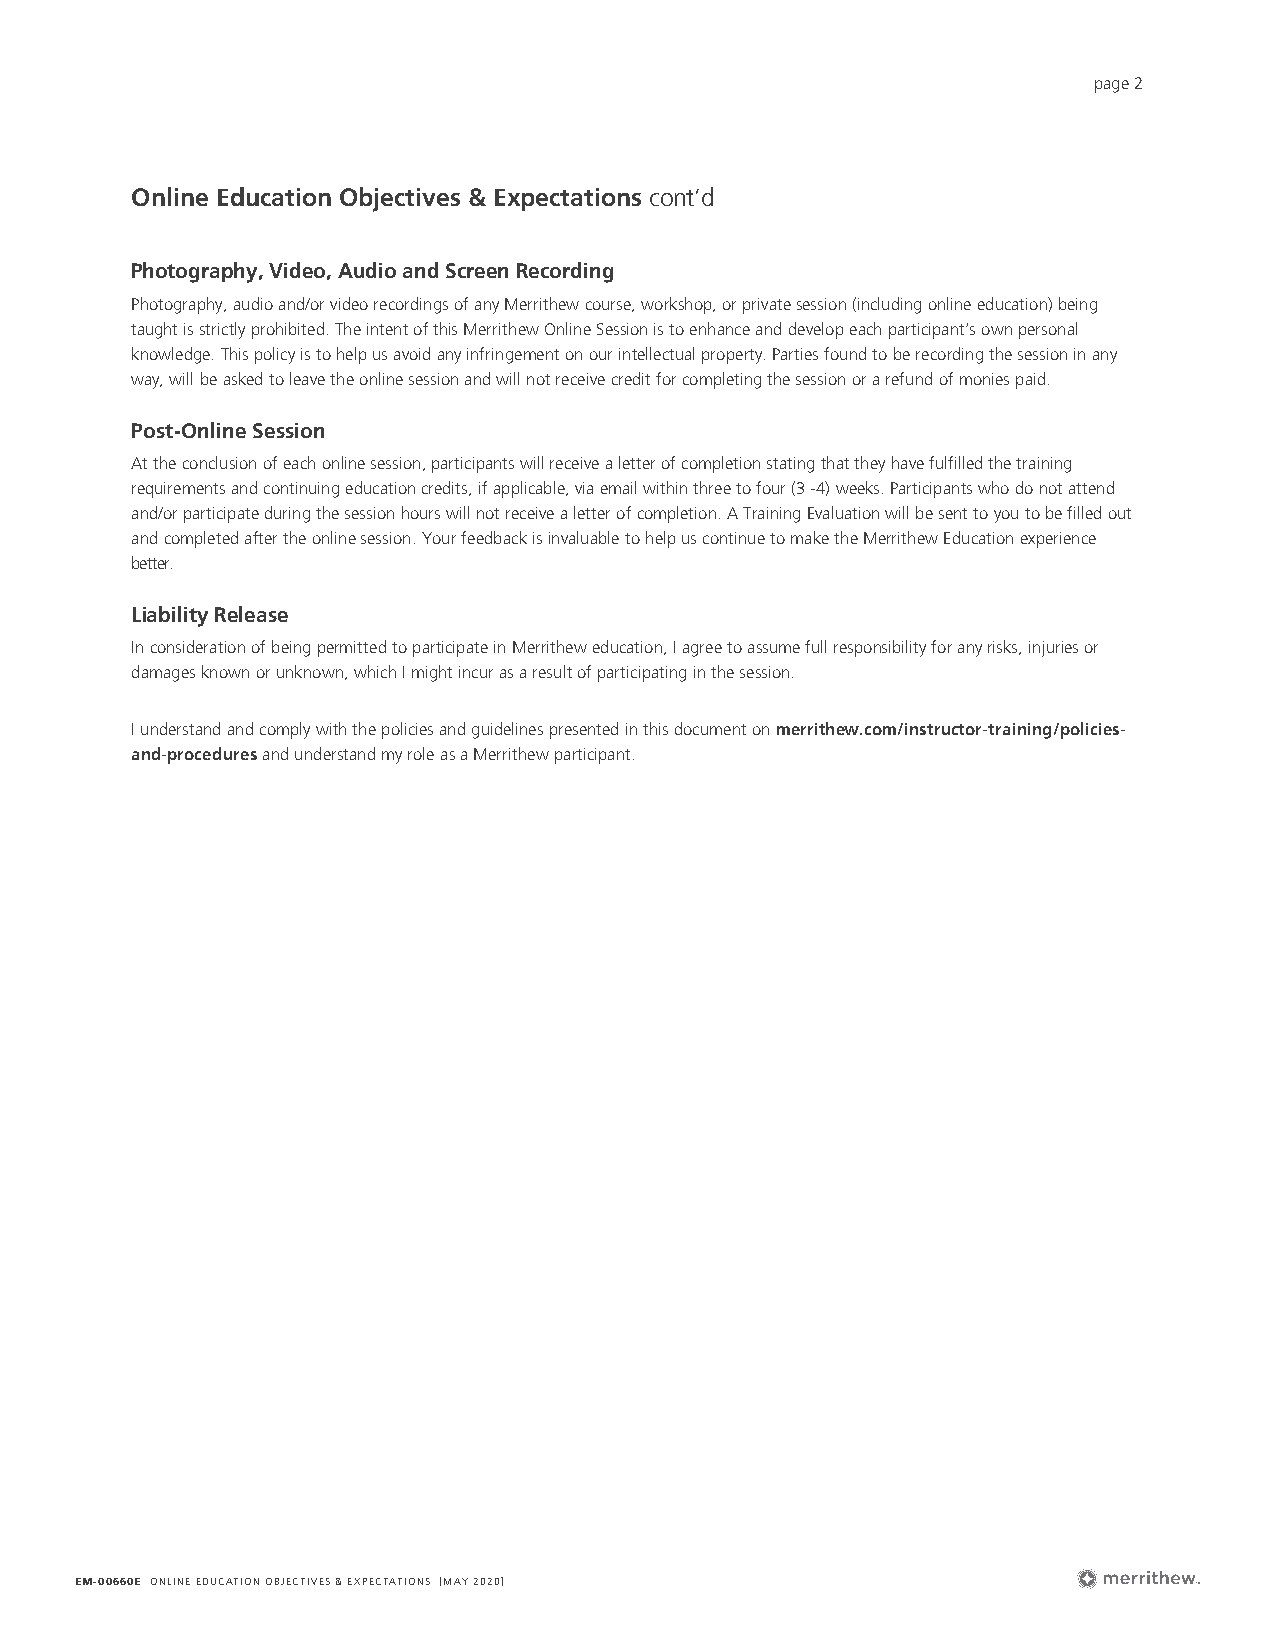
page 2
 Online Education Objectives & Expectations cont’d
 Photography, Video, Audio and Screen Recording
 Photography, audio and/or video recordings of any Merrithew course, workshop, or private session (including online education) being
 taught is strictly prohibited. The intent of this Merrithew Online Session is to enhance and develop each participant’s own personal
 knowledge. This policy is to help us avoid any infringement on our intellectual property. Parties found to be recording the session in any
 way, will be asked to leave the online session and will not receive credit for completing the session or a refund of monies paid.
 Post-Online Session
 At the conclusion of each online session, participants will receive a letter of completion stating that they have fulfilled the training
 requirements and continuing education credits, if applicable, via email within three to four (3 -4) weeks. Participants who do not attend
 and/or participate during the session hours will not receive a letter of completion. A Training Evaluation will be sent to you to be filled out
 and completed after the online session. Your feedback is invaluable to help us continue to make the Merrithew Education experience
 better.
 Liability Release
 In consideration of being permitted to participate in Merrithew education, I agree to assume full responsibility for any risks, injuries or
 damages known or unknown, which I might incur as a result of participating in the session.
 I understand and comply with the policies and guidelines presented in this document on merrithew.com/instructor-training/policies-
 and-procedures and understand my role as a Merrithew participant.
 EM-00660E ONLINE EDUCATION OBJECTIVES & EXPECTATIONS [MAY 2020]